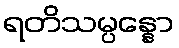
ရတိသမ္ပန္နော